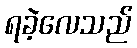
ရခဲ့လေသည်